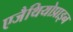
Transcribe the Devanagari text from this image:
एजैथियोप्राइन